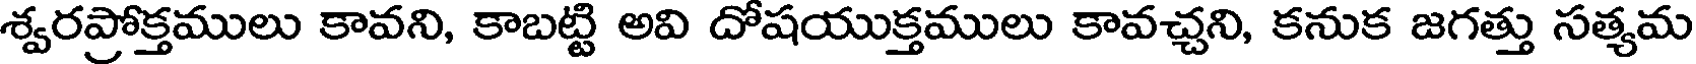
శ్వరప్రోక్తములు కావని, కాబట్టి అవి దోషయుక్తములు కావచ్చని, కనుక జగత్తు సత్యమ